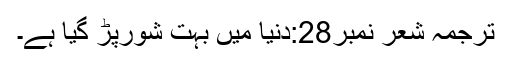
ترجمہ شعر نمبر28:دنیا میں بہت شورپڑ گیا ہے۔